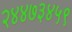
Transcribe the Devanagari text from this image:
२४४७३४५९